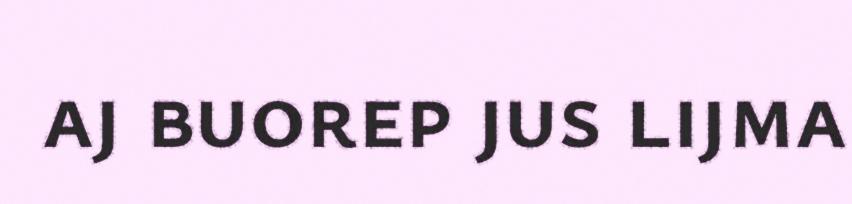
aj buorep jus lijma